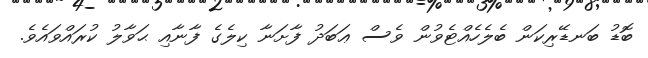
ބޮޑު ބަނޑޭރިކަން ބެލެހެއްޓެވުން ވެސް ޢަބަދު ފާށަނާ ކިލެގެ ފާނާއި ޙަވާލު ކުރައްވައެވެ.